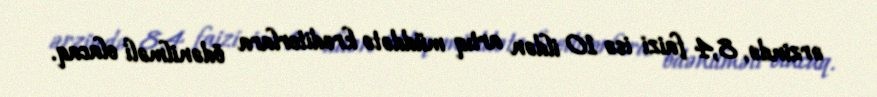
ərzində, 8,4 faizi isə 10 ildən artıq müddətə kreditorlara ödənilməli olacaq.